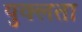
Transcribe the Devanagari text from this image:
युक्लता